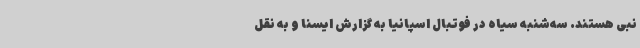
نبی هستند. سه‌شنبه سیاه در فوتبال اسپانیا به گزارش ایسنا و به نقل